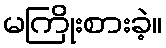
မကြိုးစားခဲ့။